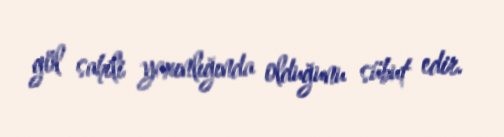
göl sahili yaxınlığında olduğunu sübut edir.